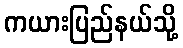
ကယားပြည်နယ်သို့